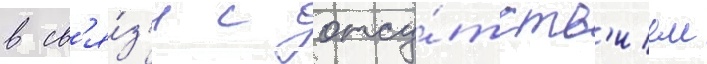
в св'я́з'и с отсу́тств'ием